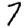
Digit: 7